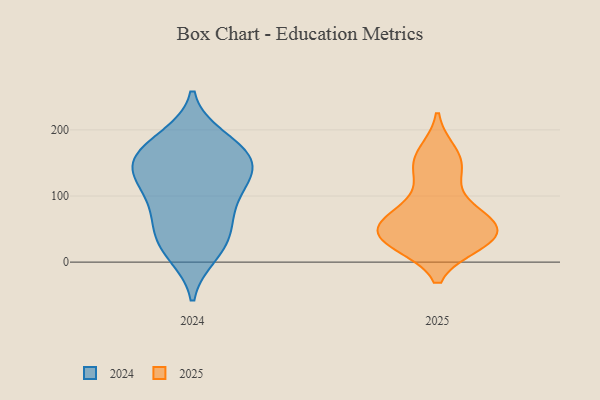
{"axis": {"x": "Page Views", "y": "Value"}, "legend": ["2024", "2025"], "data": [{"x": "", "y": 35, "type": "2025"}, {"x": "", "y": 71, "type": "2025"}, {"x": "", "y": 44, "type": "2025"}, {"x": "", "y": 77, "type": "2025"}, {"x": "", "y": 159, "type": "2025"}, {"x": "", "y": 62, "type": "2025"}, {"x": "", "y": 31, "type": "2025"}, {"x": "", "y": 39, "type": "2025"}, {"x": "", "y": 139, "type": "2025"}, {"x": "", "y": 165, "type": "2025"}, {"x": "", "y": 74, "type": "2025"}, {"x": "", "y": 36, "type": "2025"}, {"x": "", "y": 134, "type": "2025"}, {"x": "", "y": 29, "type": "2025"}, {"x": "", "y": 44, "type": "2025"}, {"x": "", "y": 119, "type": "2024"}, {"x": "", "y": 10, "type": "2024"}, {"x": "", "y": 146, "type": "2024"}, {"x": "", "y": 36, "type": "2024"}, {"x": "", "y": 153, "type": "2024"}, {"x": "", "y": 108, "type": "2024"}, {"x": "", "y": 35, "type": "2024"}, {"x": "", "y": 11, "type": "2024"}, {"x": "", "y": 67, "type": "2024"}, {"x": "", "y": 190, "type": "2024"}, {"x": "", "y": 157, "type": "2024"}, {"x": "", "y": 52, "type": "2024"}, {"x": "", "y": 187, "type": "2024"}, {"x": "", "y": 99, "type": "2024"}, {"x": "", "y": 74, "type": "2024"}, {"x": "", "y": 145, "type": "2024"}, {"x": "", "y": 156, "type": "2024"}, {"x": "", "y": 116, "type": "2024"}, {"x": "", "y": 144, "type": "2024"}, {"x": "", "y": 180, "type": "2024"}]}